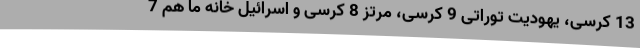
13 کرسی، یهودیت توراتی 9 کرسی، مرتز 8 کرسی و اسرائیل خانه ما هم 7